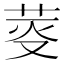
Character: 𦯘